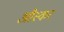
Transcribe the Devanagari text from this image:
औस्कर